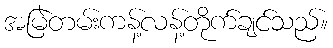
အမြဲတမ်းကန့်လန့်တိုက်ချင်သည်။